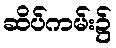
ဆိပ်ကမ်း၌